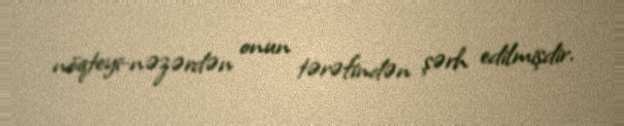
nöqteyi-nəzərdən onun tərəfindən şərh edilmişdir.